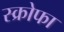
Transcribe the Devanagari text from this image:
स्क्रोफा